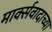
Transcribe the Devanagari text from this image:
मार्क्सवादाच्या